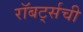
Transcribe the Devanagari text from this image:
रॉबर्ट्सची